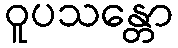
ဝူပသန္တော